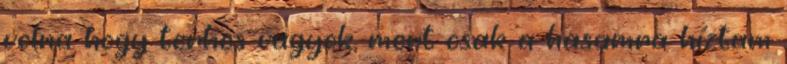
volna hogy terhes vagyok, mert csak a hasamra híztam